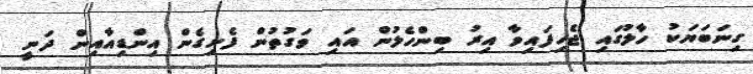
ގިނަބަޔަކު ހާލުގައި ޖެހިފައިވާ އިރު ބިންހެލުން އައި ވަގުތުން ފެށިގެން އިންޑިއާއިން ދަނީ